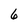
Character: 6